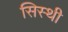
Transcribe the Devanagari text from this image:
सिस्थी